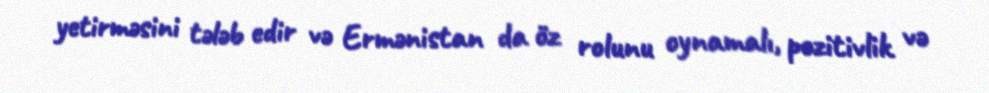
yetirməsini tələb edir və Ermənistan da öz rolunu oynamalı, pozitivlik və